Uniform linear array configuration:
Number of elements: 64
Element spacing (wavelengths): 0.5
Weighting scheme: exponential
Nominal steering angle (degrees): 0
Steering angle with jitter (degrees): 1.667
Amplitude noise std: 0.05
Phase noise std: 0.05

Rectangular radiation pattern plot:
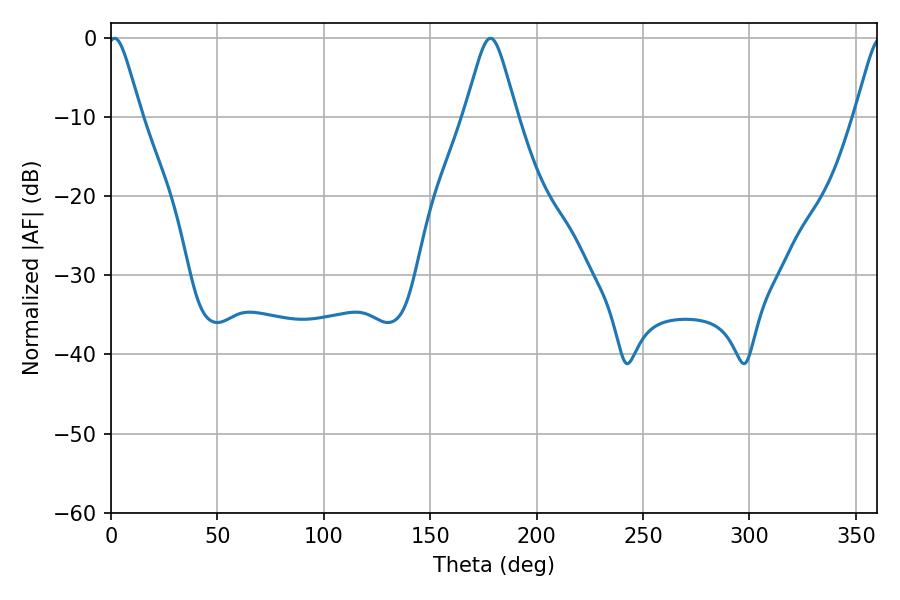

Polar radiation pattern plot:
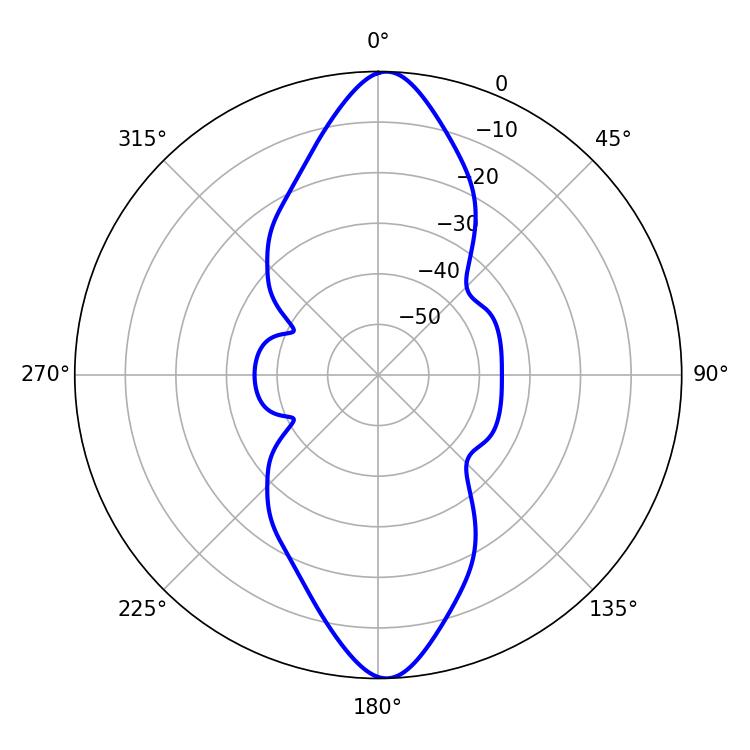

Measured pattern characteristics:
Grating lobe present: FALSE
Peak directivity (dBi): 21.521
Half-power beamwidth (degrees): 11.7
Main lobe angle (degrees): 178.38